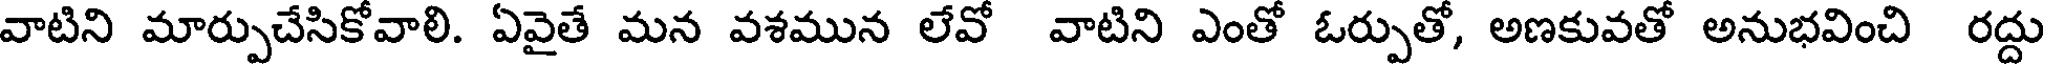
వాటిని మార్పుచేసికోవాలి. ఏవైతే మన వశమున లేవో వాటిని ఎంతో ఓర్పుతో, అణకువతో అనుభవించి రద్దు